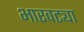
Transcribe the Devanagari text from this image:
भारवट्या